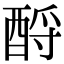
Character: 酹